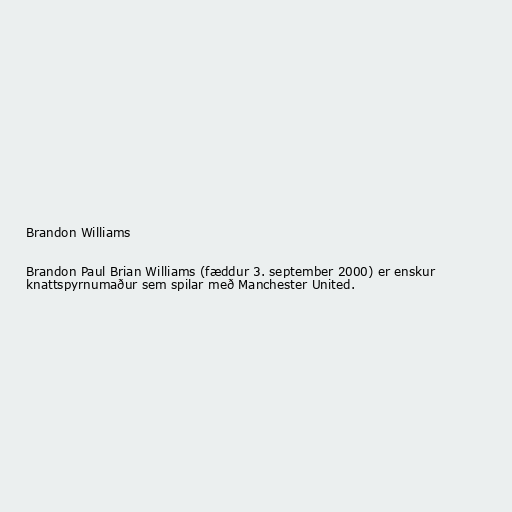
Brandon Williams

Brandon Paul Brian Williams (fæddur 3. september 2000) er enskur
knattspyrnumaður sem spilar með Manchester United.